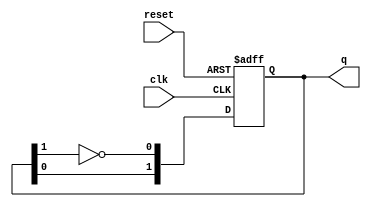
module JohnsonCounter #(
    parameter N = 2  // Parameter to define the bit-width of the counter
)(
    input wire clk,       // Clock input
    input wire reset,     // Asynchronous reset input
    output reg [N-1:0] q // Output register to hold the current state
);

    // Always block for the Johnson counter functionality
    always @(posedge clk or posedge reset) begin
        if (reset) begin
            // Initialize the counter to all zeros on reset
            q <= 0;
        end else begin
            // Shift the current state and feed back the inverted last bit
            q <= {q[N-2:0], ~q[N-1]};
        end
    end

endmodule